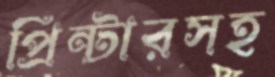
প্রিন্টারসহ